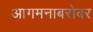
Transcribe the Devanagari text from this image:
आगमनाबरोबर